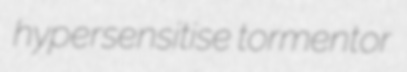
hypersensitise tormentor